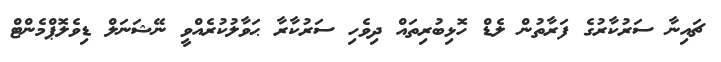
ޗައިނާ ސަރުކާރުގެ ފަރާތުން ލެޑް ހޮޅިބުރިތައް ދިވެހި ސަރުކާރާ ޙަވާލުކުރެއްވީ ނޭޝަނަލް ޑިވެލޮޕްމެންޓް